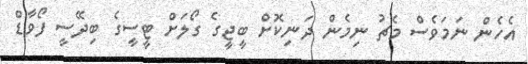
އެހެން ނަމަވެސް މެޗު ނިމެން ދަނިކޮށް ބީޖީގެ ގޯލަށް ޓީސީގެ ބިދޭސީ ފޯވާޑް